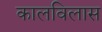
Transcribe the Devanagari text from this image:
कालविलास